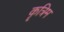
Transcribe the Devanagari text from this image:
कॄत्रिम